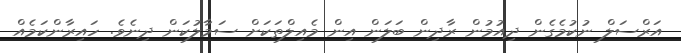
އަރްސަލް ނުކުމެގެން ދިއުމުން ރާދިން ބަލަން އިން މެއިލްތަކަށް ސަމާލުކަން ދިނެވެ. ހައިރާންކަމެއް